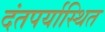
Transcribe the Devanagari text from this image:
दंतपर्यास्थित